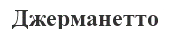
Джерманетто